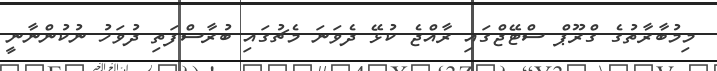
މިމުބާރާތުގެ ގްރޫޕް ސްޓޭޖްގައި ރާއްޖެ ކުޅޭ ދެވަނަ މެޗުގައި ބުރާސްފަތި ދުވަހު ނުކުންނާނީ